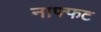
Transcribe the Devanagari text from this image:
नाफ्फट